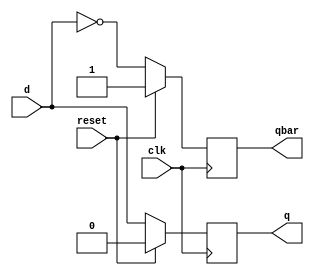
module flipflop(d,clk,reset,q,qbar);

    input d, clk, reset;
    output reg q, qbar;
    
    always@(posedge clk)
        begin
        if(reset == 1)
            begin
                q <= 1'b0;
                qbar <= 1'b1;
            end
        else
            begin
                q <= d;      
                qbar <= ~d;  
            end 
        end
    
endmodule